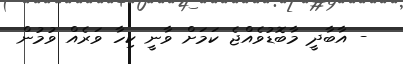
- އާބާދީ މާބޮޑުވެއްޖެ ކަމަށް ވާނީ ކިހާ ވަރެއް ވުމުން